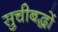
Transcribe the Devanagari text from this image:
सुचीबद्धों